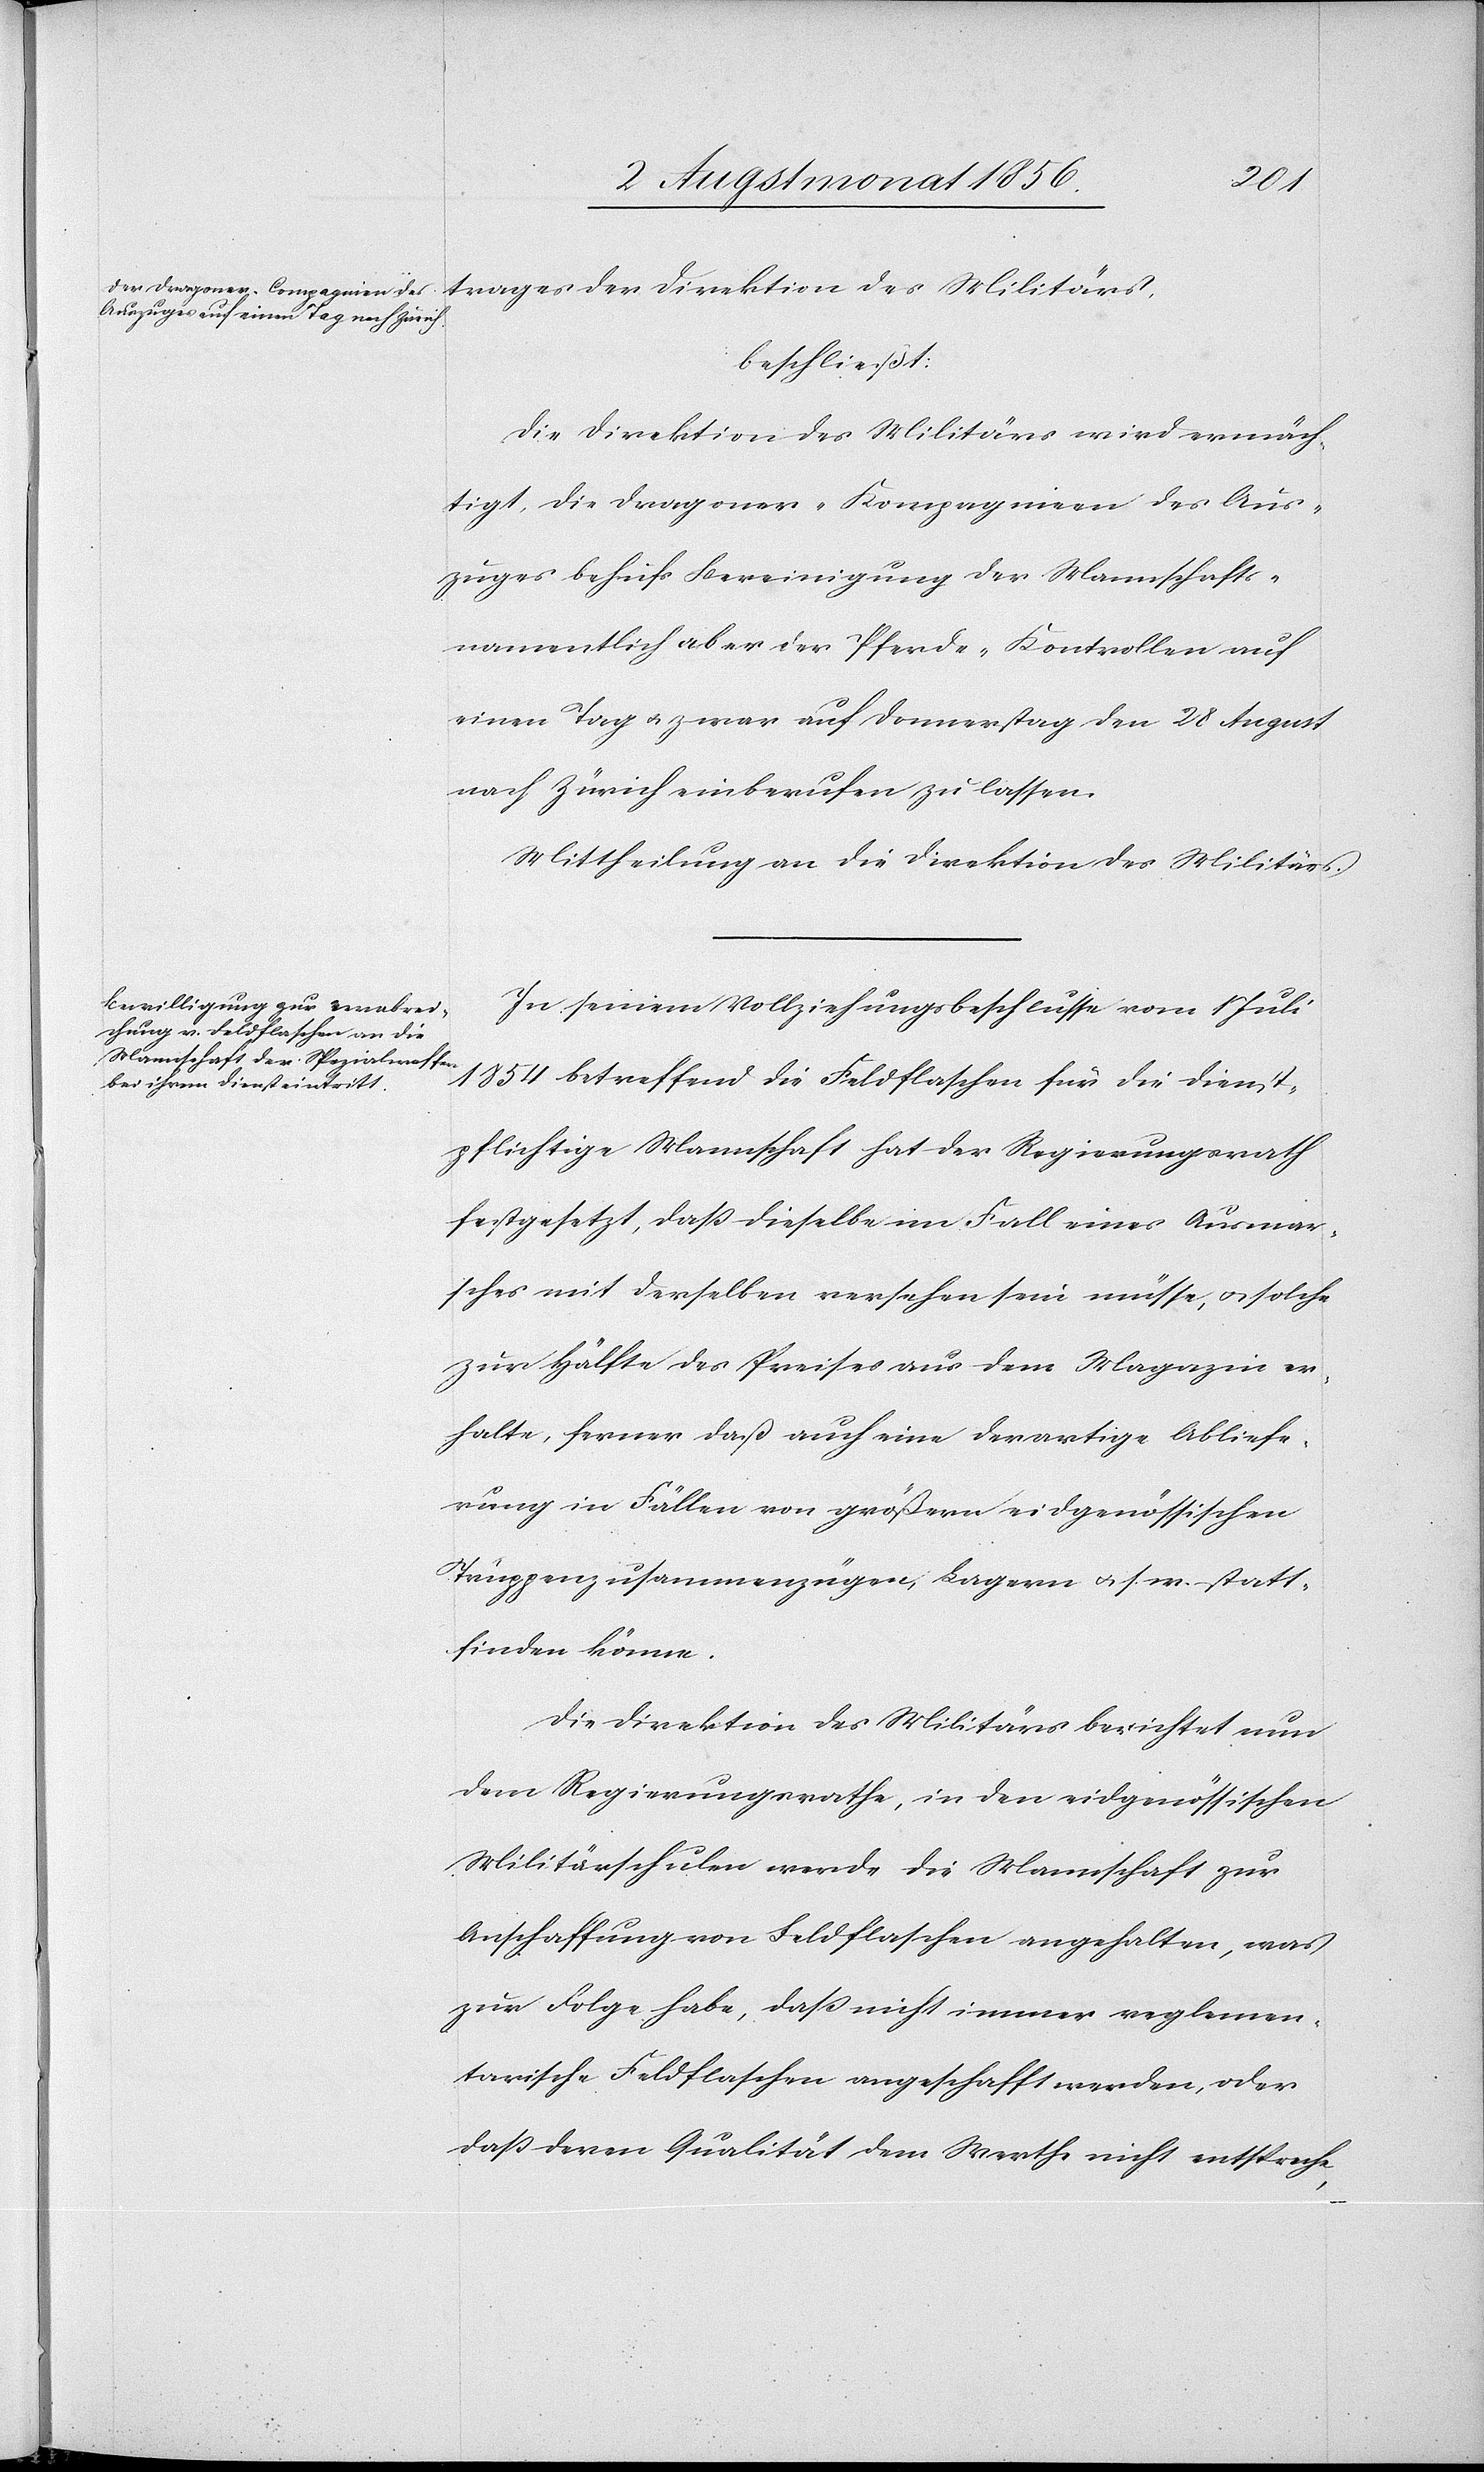
Militärs,
beschließt:
Die Direktion des Militärs wird ermäch¬
tigt, die Dragoner-Kompagnieen [sic!] des Aus¬
zuges behufs Bereinigung der Mannschafts-
namentlich aber der Pferde-Kontrollen auf
einen Tag u. zwar auf Donnerstag den 28 August
nach Zürich einberufen zu lassen.
Mittheilung an die Direktion des Militärs.
In seinem Vollziehungsbeschlusse vom 1 Juli
1854 betreffend die Feldflaschen für die Dienst¬
pflichtige Mannschaft hat der Regierungsrath
festgesetzt, dass dieselbe im Fall eines Ausmar¬
sches mit derselben versehen sein müsse, u. solche
zur Hälfte des Preises aus dem Magazin er¬
halte, ferner daß auch eine derartige Abliefe¬
rung in Fällen von größern eidgenössischen
Truppenzusammenzügen, Lagern u. s. w. statt¬
finden könne.
Die Direktion des Militärs berichtet nun
dem Regierungsrathe, in den eidgenössischen
Militärschulen werde die Mannschaft zur
Anschaffung von Feldflaschen angehalten, was
zur Folge habe, dass nicht immer reglemen¬
tarische Feldflaschen angeschafft werden, oder
dass deren Qualität dem Werthe nicht entspreche,